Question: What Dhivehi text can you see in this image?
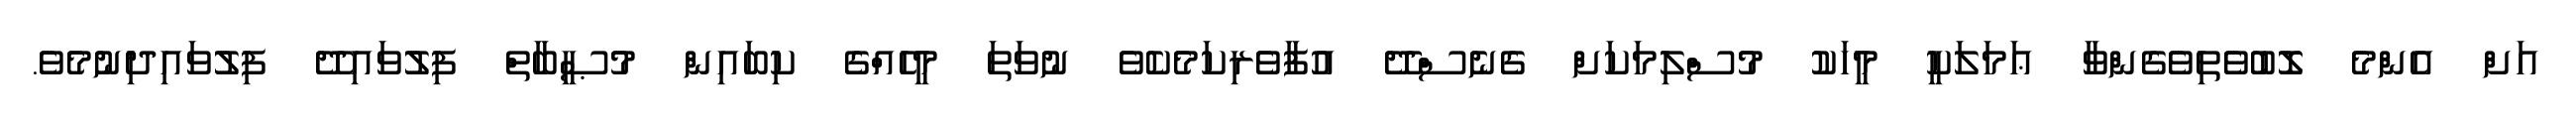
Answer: އަށް އެންމެ ލޮބުވެތިވެގެންވާ ޢަމަލަކީ މީހަކު މުސްލިމަކަށް ގެނެސްދޭ އުފާވެރިކަމެކެވެ ނުވަތަ މީހެއްގެ ކިބައިން މުޞީބާތް ފިލުވައިދޭ ފިލުވައިދިނުމެވެ.